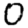
Digit: 0